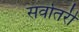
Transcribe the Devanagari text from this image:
सर्वोतरी